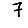
Digit: 7